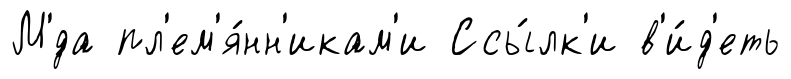
М'́да пл'ем'я́нн'икам'и Ссы́лк'и в'и́д'еть